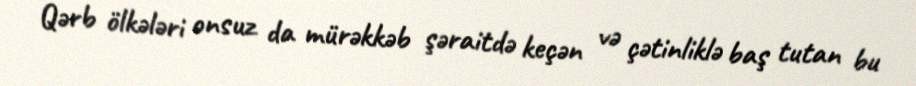
Qərb ölkələri onsuz da mürəkkəb şəraitdə keçən və çətinliklə baş tutan bu